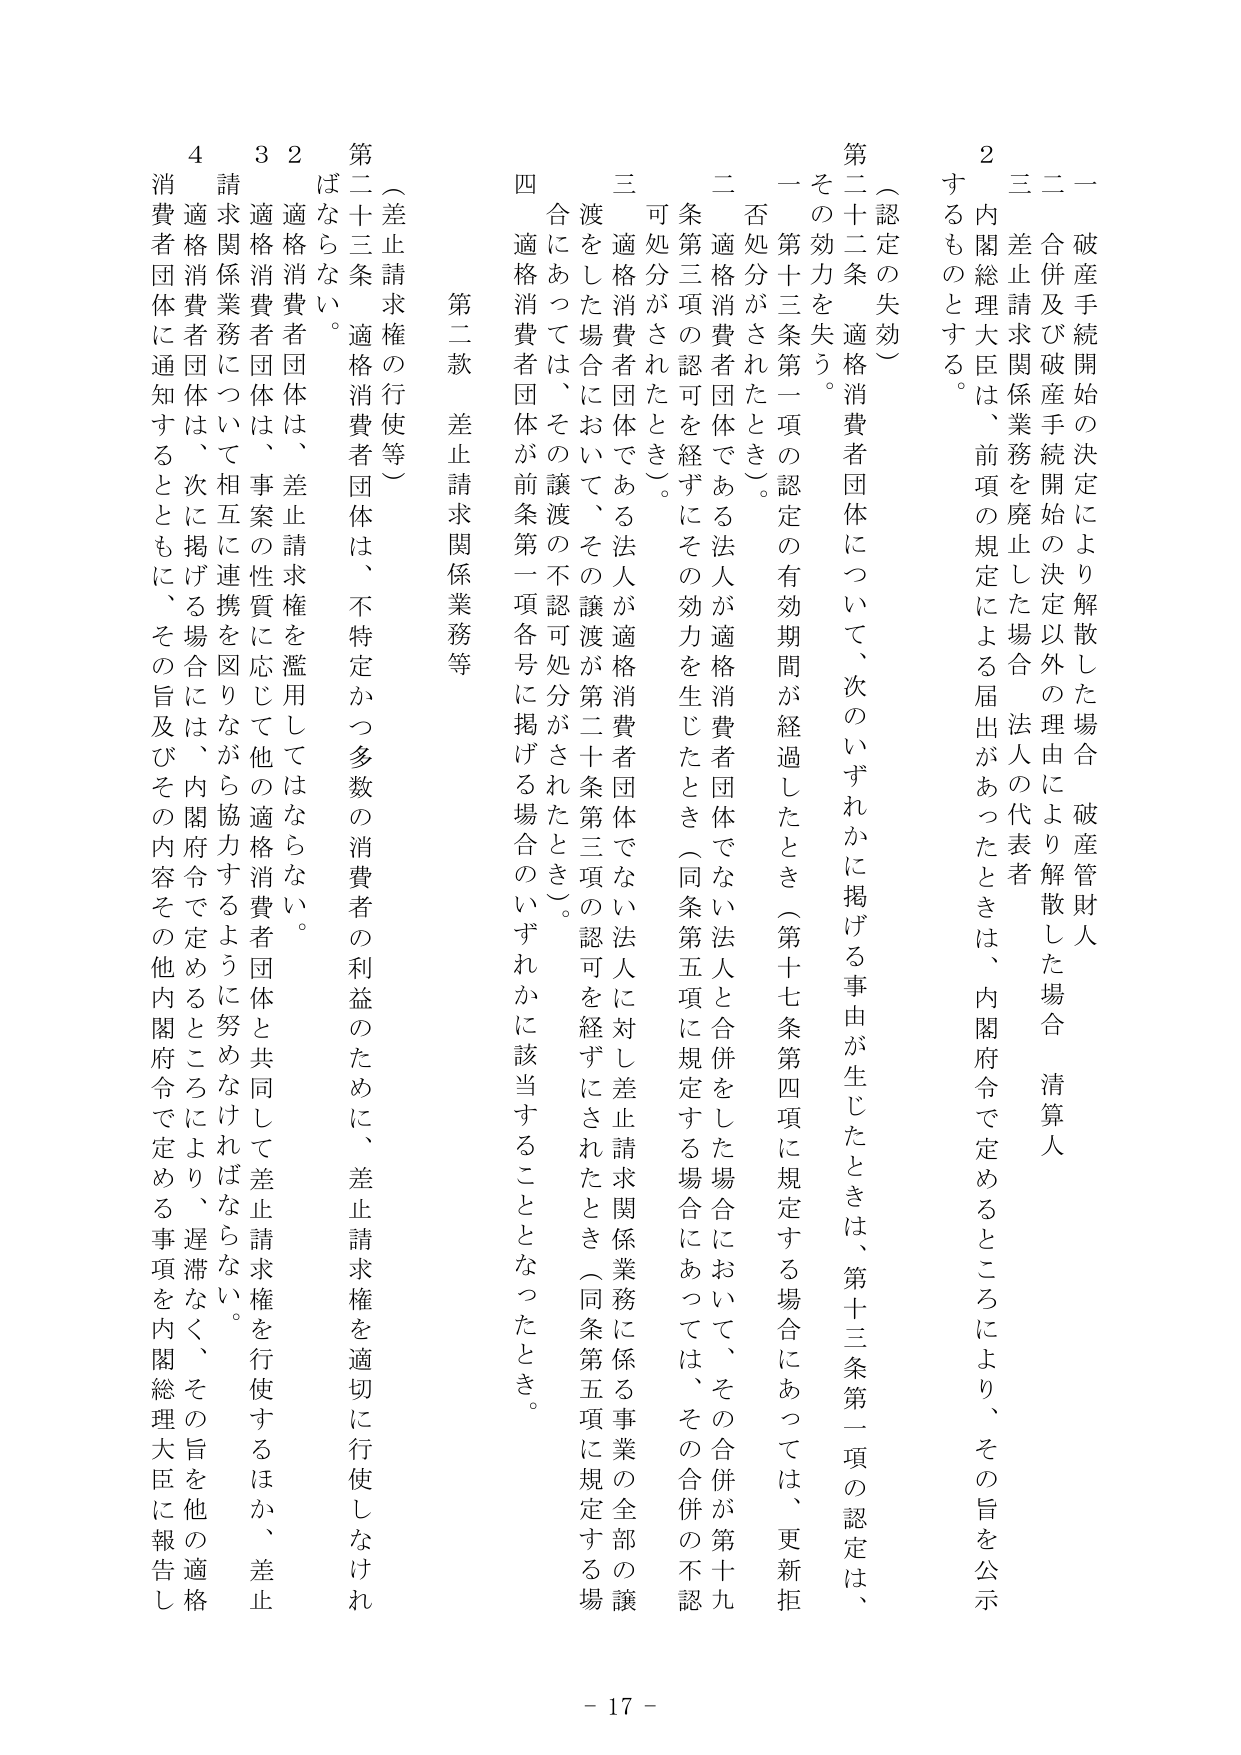
一 破産手続開始の決定により解散した場合 破産管財人
二 合併及び破産手続開始の決定以外の理由により解散した場合 清算人
三 差止請求関係業務を廃止した場合 法人の代表者
２ 内閣総理大臣は、前項の規定による届出があったときは、内閣府令で定めるところにより、その旨を公示するものとする。

（認定の失効）
第二十二条 適格消費者団体について、次のいずれかに掲げる事由が生じたときは、第十三条第一項の認定は、その効力を失う。
一 第十三条第一項の認定の有効期間が経過したとき（第十七条第四項に規定する場合にあっては、更新拒否処分がされたとき）。
二 適格消費者団体である法人が適格消費者団体でない法人と合併をした場合において、その合併が第十九条第三項の認可を経ずにその効力を生じたとき（同条第五項に規定する場合にあっては、その合併の不認可処分がされたとき）。
三 適格消費者団体である法人が適格消費者団体でない法人に対し差止請求関係業務に係る事業の全部の譲渡をした場合において、その譲渡が第二十条第三項の認可を経ずにされたとき（同条第五項に規定する場合にあっては、その譲渡の不認可処分がされたとき）。
四 適格消費者団体が前条第一項各号に掲げる場合のいずれかに該当することとなったとき。

第二款 差止請求関係業務等

（差止請求権の行使等）
第二十三条 適格消費者団体は、不特定かつ多数の消費者の利益のために、差止請求権を適切に行使しなければならない。
２ 適格消費者団体は、差止請求権を濫用してはならない。
３ 適格消費者団体は、事案の性質に応じて他の適格消費者団体と共同して差止請求権を行使するほか、差止請求関係業務について相互に連携を図りながら協力するように努めなければならない。
４ 適格消費者団体は、次に掲げる場合には、内閣府令で定めるところにより、遅滞なく、その旨を他の適格消費者団体に通知するとともに、その旨及びその内容その他内閣府令で定める事項を内閣総理大臣に報告し

- 17 -